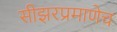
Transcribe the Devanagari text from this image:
सीझरप्रमाणेच